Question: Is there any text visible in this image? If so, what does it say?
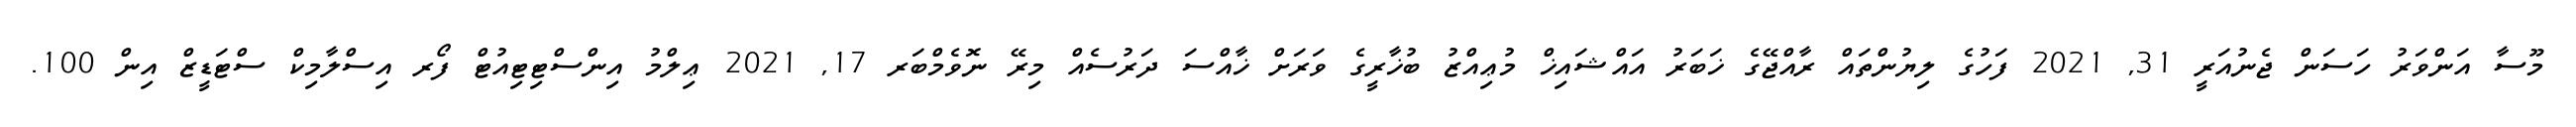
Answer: މޫސާ އަންވަރު ހަސަން ޖެނުއަރީ 31, 2021 ފަހުގެ ލިޔުންތައް ރާއްޖޭގެ ޚަބަރު އައްޝައިޚް މުޢިއްޒު ބުޚާރީގެ ވަރަށް ޚާއްސަ ދަރުސެއް މިރޭ ނޮވެމްބަރ 17, 2021 ޢިލްމު އިންސްޓިޓިއުޓް ފޯރ އިސްލާމިކް ސްޓަޑީޒް އިން 100.